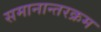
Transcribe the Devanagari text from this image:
समानान्तरक्रम